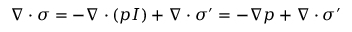
\begin{array} { r } { \nabla \cdot \sigma = - \nabla \cdot ( p I ) + \nabla \cdot \sigma ^ { \prime } = - \nabla p + \nabla \cdot \sigma ^ { \prime } } \end{array}